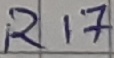
Text: R17